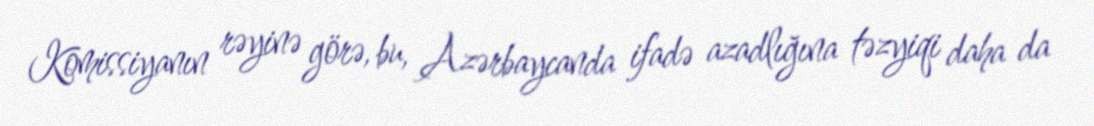
Komissiyanın rəyinə görə, bu, Azərbaycanda ifadə azadlığına təzyiqi daha da